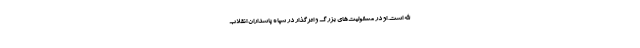
الله است. او در مسئولیت‌های بزرگ و اثرگذار در سپاه پاسداران انقلاب